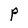
Character: P